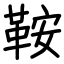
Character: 鞍